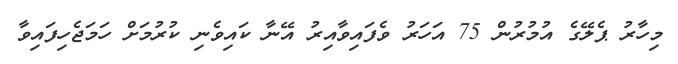
މިހާރު ޕެލޭގެ އުމުރުން 75 އަހަރު ވެފައިވާއިރު އޭނާ ކައިވެނި ކުރުމަށް ހަމަޖެހިފައިވާ